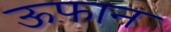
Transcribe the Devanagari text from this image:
ऊफान